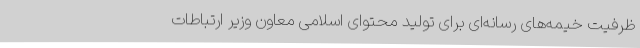
ظرفیت خیمه‌های رسانه‌ای برای تولید محتوای اسلامی معاون وزیر ارتباطات